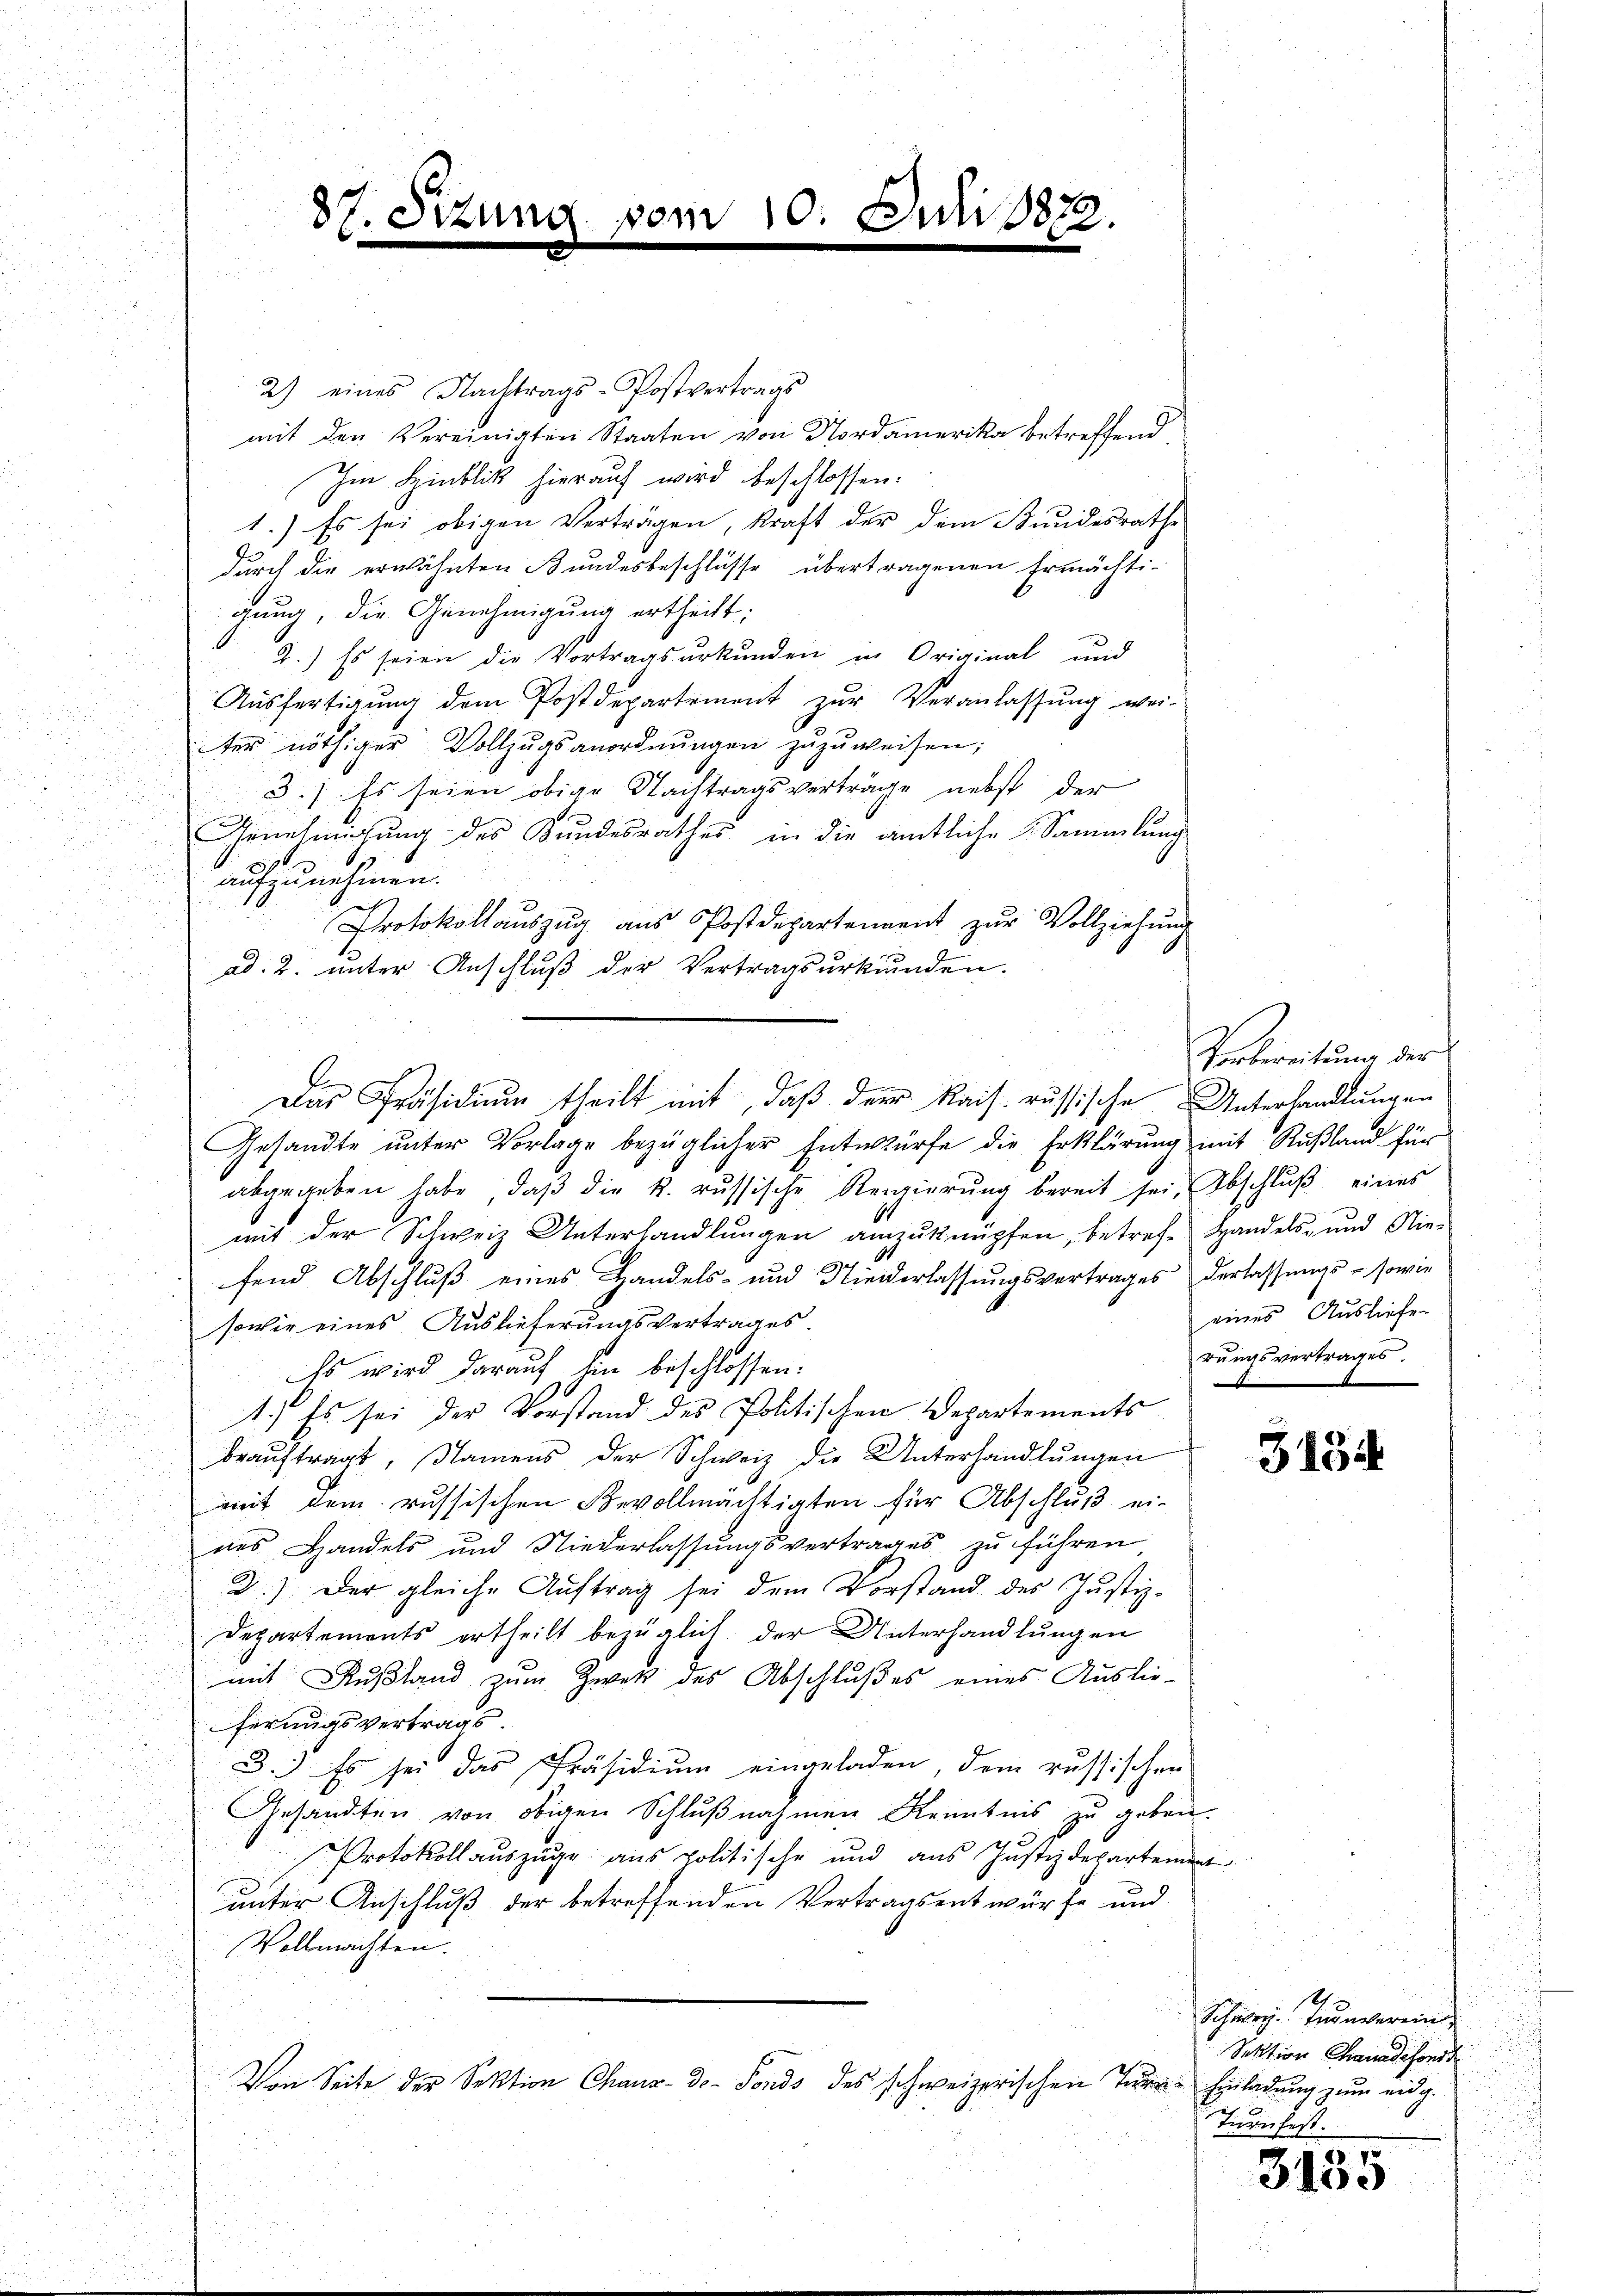
87. St.

2) eines Nachtrags-Postvertrags
mit den Vereinigten Staaten von Nordamerika betreffend
Im Hinblick hierauf wird beschlossen:
1.) Es sei obigen Verträgen, kraft der dem Bundesrathe
durch die erwähnten Bundesbeschlüsse übertragenen Ermächti-
gung, die Genehmigung ertheilt:
2.) Es seien die Vortragsurkunden in Original und
Aŭsfertigŭng dem Postdepartement zŭr Veranlassŭng wei-
ter nöthiger Vollzugsanordnungen zuzuweisen;
3.) Es seien obige Nachtragsverträge nebst der
Genehmigung des Bundesrathes in die amtliche Sammlung
aufzunehmen.
Protokollaŭszŭg aŭs Postdepartement zŭr Vollziehŭng
ad. 2. unter Anschluß der Vertragsurkunden.
u
2.
Gesandte unter Vorlage bezüglicher Entwürfe die Erklärung mit Rußland für
abgegeben habe, daβ die k. russische Regierŭng bereit sei, Abschlŭβ eines
mit der Schweiz Unterhandlungen anzuknüpfen, betref- Handels- und Nie-
Jch
fend Abschluß eines Handels- und Niederlassŭngsvertrages derlassŭngs- sowie
sowie eines Auslieferungsvertrages.
Es wird darauf ein beschlossen:
1.) Es sei der Vorstand des Politischen Departements
beaŭftragt, Namens der Schweiz die Unterhandlungen
mit dem russischen Bevollmächtigten für Abschluß ei-
nes Handels und Niederlassŭngsvertrages zu führen
D.) Der gleiche Auftrag sei dem Vorstand des Justiz-
Departements ertheilt bezüglich. der Unterhandlungen
mit Rußland zum Zwek des Abschlußes eines Auslie-
ferungsvertrags
3.) Es sei das Präsidium eingeladen, dem russischen
Gesandten von obigen Schlußnahmen Kenntnis zu geben.
1
Protokoll auszüge aus politische und aus Justizdepartement
unter Anschluß der betreffenden Vertragsentwürfe und
Vollmachten.
Von Seite der Sektion Chaus-Do- Fonds des schweizerischen Turn-Einladung zum eidg.

10. Juli 1873.

Das Präsidium theilt mit, daß der Kais. russische Unterhandlungen

Verbereitung der
eines Ausliefer
rungsvertrages.

313

.
Schweiz. Turnverein
Sektion Chanade sonst
Tienfest.

3135